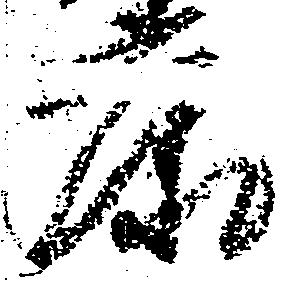
康